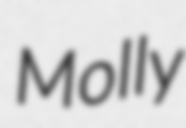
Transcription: Molly